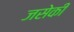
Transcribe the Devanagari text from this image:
जसेकी